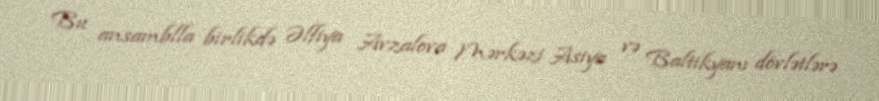
Bu ansamblla birlikdə Əlfiya Avzalova Mərkəzi Asiya və Baltikyanı dövlətlərə